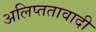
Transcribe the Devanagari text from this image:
अलिप्‍ततावादी